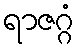
ရာဇဂ္ဂံ